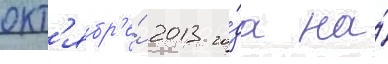
окт'ябр'е́ 2013 го́да на́